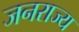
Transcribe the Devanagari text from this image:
जनराज्य